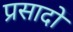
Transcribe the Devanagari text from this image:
प्रसादों